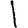
Digit: 1